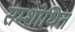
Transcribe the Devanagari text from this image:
सम्शोधित